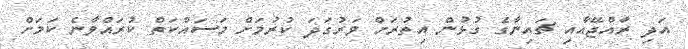
އަދި ރާއްޖޭއާއި ޗައިނާގެ ގުޅުން އިތުރަށް ވަރުގަދަ ކުރުމަށް މަސައްކަތް ކުރައްވާނެ ކަަމަށް